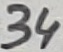
Text: 34